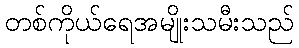
တစ်ကိုယ်ရေအမျိုးသမီးသည်